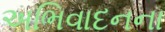
અભિવાદનના